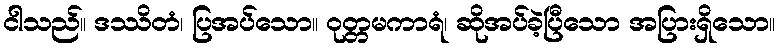
ငါသည်။ ဒဿိတံ၊ ပြအပ်သော။ ဝုတ္တမကာရံ၊ ဆိုအပ်ခဲ့ပြီသော အပြားရှိသော။